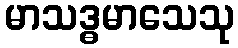
မာသဒ္ဓမာသေသု